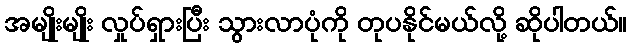
အမျိုးမျိုး လှုပ်ရှားပြီး သွားလာပုံကို တုပနိုင်မယ်လို့ ဆိုပါတယ်။